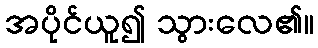
အပိုင်ယူ၍ သွားလေ၏။